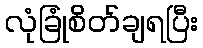
လုံခြုံစိတ်ချရပြီး